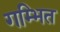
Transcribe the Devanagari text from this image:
गम्भित